Lunatic asylums in Bengal annual reports 1899-1911 - 1899-1911
Year: 1899
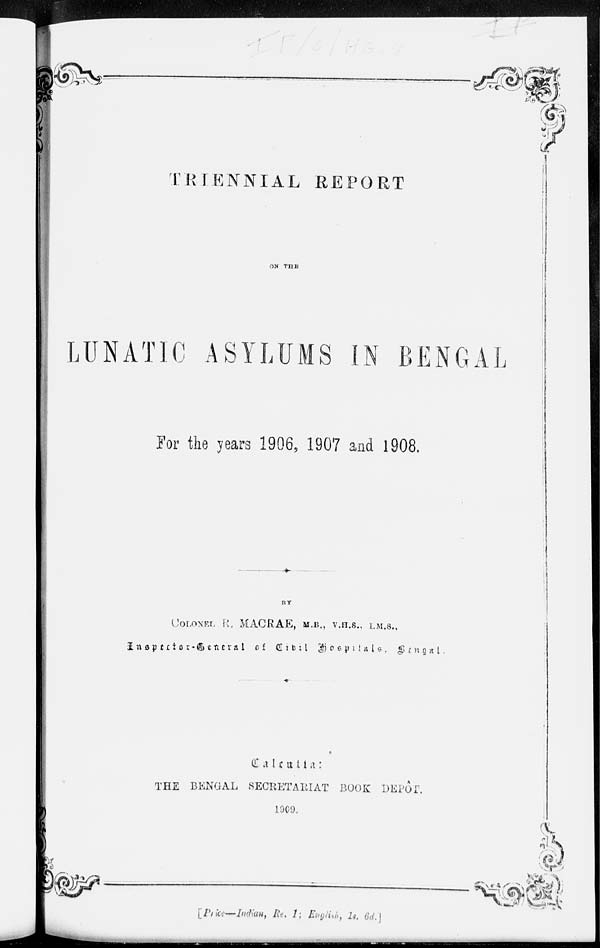
TRIENNIAL REPORT
ON THE
LUNATIC ASYLUMS IN BENGAL
For the years 1906, 1907 and 1908.
BY
COLONEL R. MACRAE, M.B., V.H.S., I.M.S.,
Inspector-General of Civil Hospitals Bengal .
Calcutta :
THE BENGAL SECRETARIAT BOOK DEPÔT.
1909.
[Price — Indian, Re. 1 ; English,
1s, 6d ]